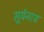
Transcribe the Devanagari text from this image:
सूर्यनाथ